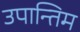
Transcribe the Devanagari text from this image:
उपान्तिम